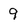
Character: 9